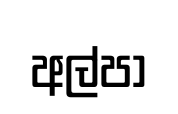
අල්පා